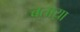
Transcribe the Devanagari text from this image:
बताय़ा